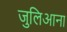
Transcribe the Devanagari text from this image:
जुलिआना